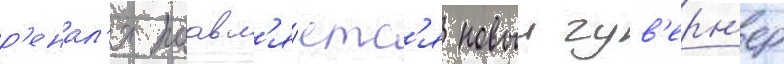
р'енал'я поавл'я́етс'я новыи гув'ерн'ер